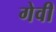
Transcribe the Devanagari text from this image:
गेवी